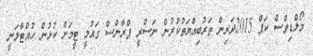
މޯލްޑިވްސް ކަޕް 2015ދަރިން ތަރުބިއްޔަތުކުރުން ނަސްރީ ފްރާންސް ގައުމީ ޓީމަށް ކުޅުން ހުއްޓާލަނީ